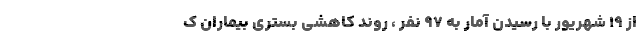
از ۱۹ شهریور با رسیدن آمار به ۹۷ نفر ، روند کاهشی بستری بیماران ک